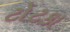
ટોટકા